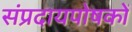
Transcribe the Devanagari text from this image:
संप्रदायपोषकों